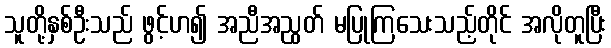
သူတို့နှစ်ဦးသည် ဖွင့်ဟ၍ အညီအညွတ် မပြုကြသေးသည့်တိုင် အလိုတူပြီး